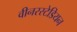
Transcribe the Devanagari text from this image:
वीनरस्टेडियन